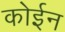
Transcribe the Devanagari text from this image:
कोईन